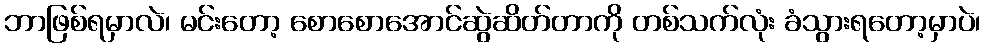
ဘာဖြစ်ရမှာလဲ၊ မင်းတော့ စောစောအောင်ဆွဲဆိတ်တာကို တစ်သက်လုံး ခံသွားရတော့မှာပဲ၊